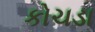
કોચડા